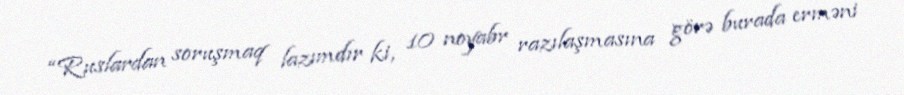
“Ruslardan soruşmaq lazımdır ki, 10 noyabr razılaşmasına görə burada erməni